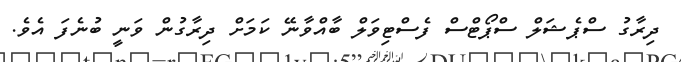
ދިރާގު ސްޕެޝަލް ސްޕޯޓްސް ފެސްޓިވަލް ބާއްވާނޭ ކަމަށް ދިރާގުން ވަނީ ބުނެފަ އެވެ.